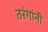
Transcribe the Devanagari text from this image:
तरंगांनी